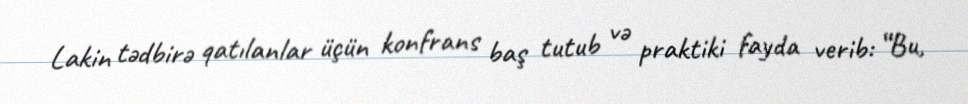
Lakin tədbirə qatılanlar üçün konfrans baş tutub və praktiki fayda verib: “Bu,